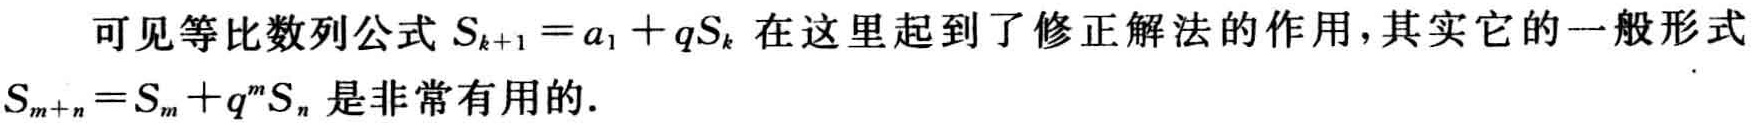
可见等比数列公式 \(S_{k + 1} = a_1+qS_{k}\) 在这里起到了修正解法的作用，其实它的一般形式 \(S_{m + n}=S_{m}+q^{m}S_{n}\) 是非常有用的.